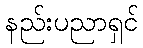
နည်းပညာရှင်